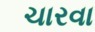
ચારવા